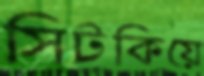
সিটকিয়ে